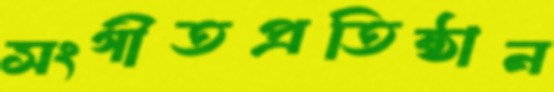
সংগীতপ্রতিষ্ঠান